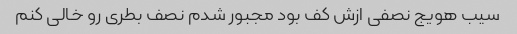
سیب هویج نصفی ازش کف بود مجبور شدم نصف بطری رو خالی کنم